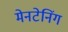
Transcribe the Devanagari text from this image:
मेनटेनिंग